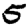
Digit: 5